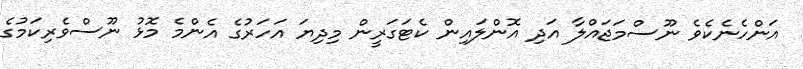
އަންހެނެކެވެ ނޫސްމަޖައްލާ އަދި އޮންލައިން ކެޓަގަރީން މިދިޔަ އަހަރުގެ އެންމެ މޮޅު ނޫސްވެރިކަމުގެ